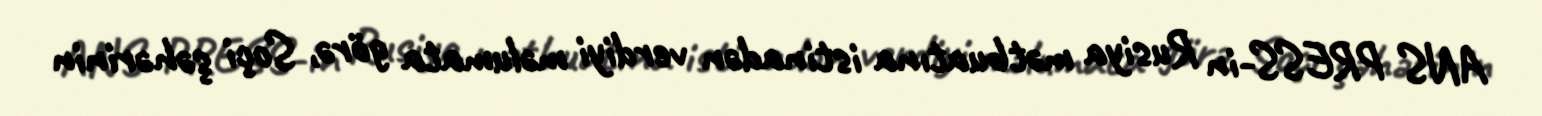
ANS PRESS-in Rusiya mətbuatına istinadən verdiyi məlumata görə, Soçi şəhərinin